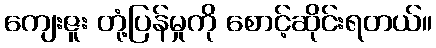
ကျေးဇူး တုံ့ပြန်မှုကို စောင့်ဆိုင်းရတယ်။